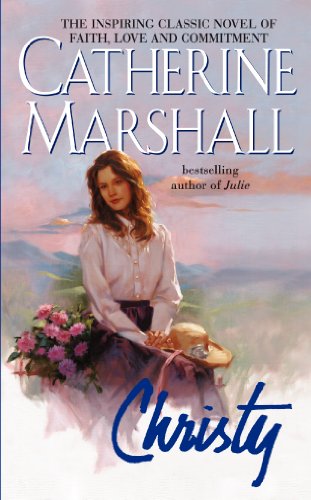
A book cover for Christy; Catherine Marshall; Romance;